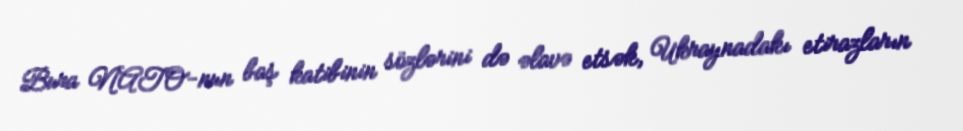
Bura NATO-nun baş katibinin sözlərini də əlavə etsək, Ukraynadakı etirazların